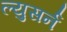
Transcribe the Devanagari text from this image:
ल्युसर्न